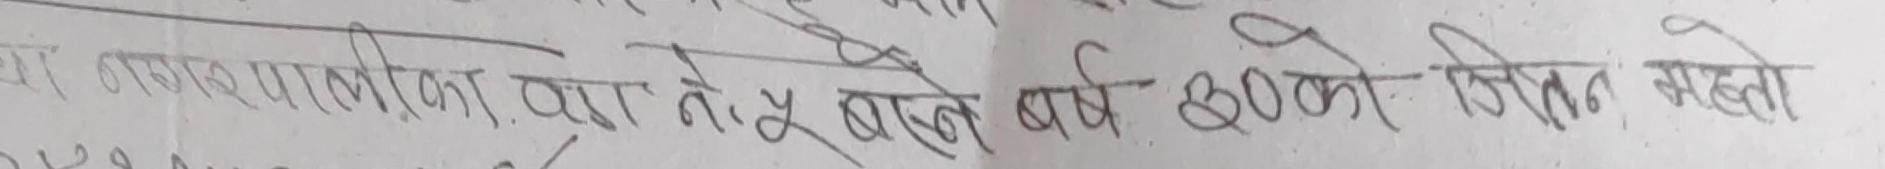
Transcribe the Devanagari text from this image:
नगरपालीका द्वारा तोकिए बमोजिम वर्ष २०० को जिवन भत्ता